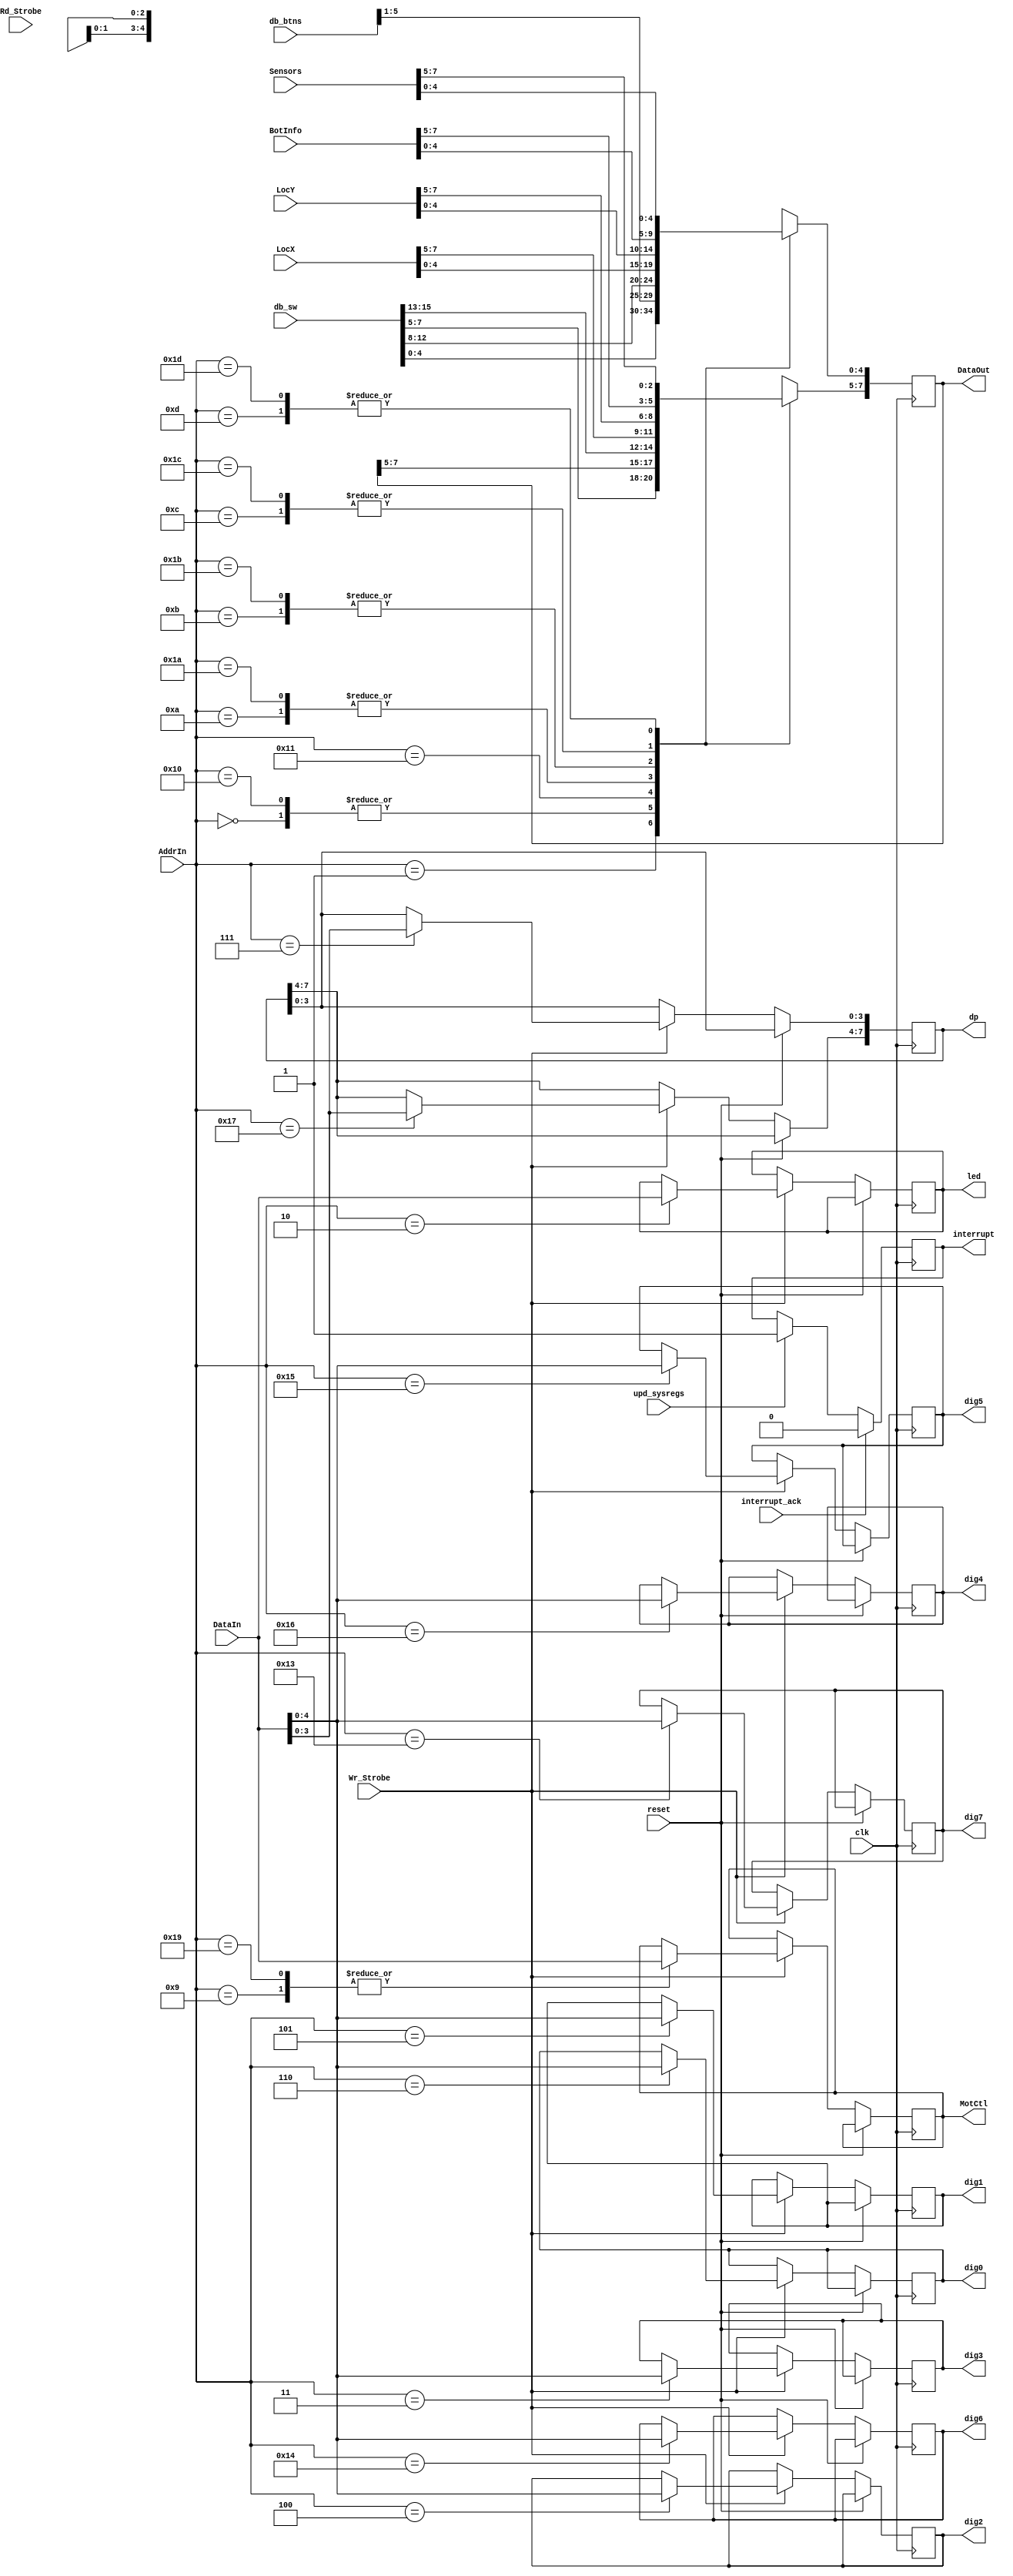
//	bot_if.v - Register interface to the Rojobot external world picoblaze 
//	
//	8-bit registers:
//			Loc_X		O	X (column) coordinate of Rojobot's current location
//			Loc_y		O 	Y (row) coordinate of Rojobot's current location
//			Sensors		O	Sensor values.  Rojobot contains a proximity sensor (left and right)
//						 	A proximity sensor is set to 1 if Rojobot detects an object in
//						  	front of it.  It also contains a black line sensor (left, center
//						  	and right).  Each black line sensor is set to 0 if there is
//							a black line under it and set to 1 if there is not black line
//							under it.
//			BotInfo		O 	Information on rojobot's current orientation and movement
//
//////////

module nexys4_bot_if(
	// interface to the picoblaze
	input 				Wr_Strobe,		// Write strobe - asserted to write I/O data
		 				Rd_Strobe,		// Read strobe - asserted to read I/O data
	input 		[7:0] 	AddrIn,			// I/O port address port_id
	input 		[7:0] 	DataIn,			// Data to be written to I/O register out_port
	output reg	[7:0] 	DataOut,		// I/O register data to picoblaze in_port

	// interface to the system	
	output reg 	[7:0]	MotCtl,			// (Port 0) Motor control input	into botsim
	input    	[7:0] 	LocX,			// (Port 1) X-coordinate of rojobot's location		
						LocY,			// (Port 2) Y-coordinate of rojobot's location
						BotInfo,		// (Port 3) Rojobot orientation and movement
						Sensors,		// (Port 4) Sensor readings
												
	// interface to the world map logic
//	output reg	[7:0]	MapX,			// (Port 8) Column address of world map location
//	output reg	[7:0]	MapY,			// (Port 9) Row address of world map location
//	input 		[1:0]	MapVal,			// (Port 10) Map value for location [row_addr, col_addr]	

	input               interrupt_ack,
	input				clk,			// system clock
						reset,			// system reset
	input   			upd_sysregs,	// flag from PicoBlaze to indicate that the system registers 
										// (LocX, LocY, Sensors, BotInfo)have been updated	
    input       [5:0]   db_btns,
    input       [15:0]  db_sw,
    output reg [7:0]   led, //out led
    output reg [4:0]    dig7, dig6, dig5, dig4, dig3, dig2, dig1, dig0, //7 seg display to sevenseg.v
    output reg [7:0]    dp,  //decimal point out to sevenseg.v   
    output reg          interrupt
		
);

// internal variables		
// used sot synchronize the register transfer so Application gets a consistant snapshot of the BOT status	
reg			load_sys_regs,			// Load system register flip-flop			
			load_dist_regs;			// Load distance register flip-flop
//reg         up_sys_reg = 0;

// holding registers for bot.  We want all registers to be updated
// at the same time (from system's point of view) to make sure
// the bot movement is consistent.
reg	[7:0] 	DataOut_int,					
            MotCtl_int,
            dp_int;
reg [7:0]   led_int;
reg [4:0]    dig7_int, dig6_int, dig5_int, dig4_int, dig3_int, dig2_int, dig1_int, dig0_int;
//reg          interrupt_int;
// read registers
always @(posedge clk) 
begin
    case(AddrIn[7:0])
    8'b0000_0000 : //pushbuttons inputs
    begin
    // format is: output(for this file) <= input (for this file)
    //dbbtns is total of [5:0]
        //DataOut <= {4'b00, db_btns};//dataout is to picoblaze
        DataOut[4:0] <= db_btns[5:1];
    end
    8'b0000_0001 : //slide switches
    begin
        DataOut <= db_sw[7:0];
    end
    8'b0000_1010 :// X coordinate of rojobot location
    begin
        DataOut <= LocX;
    end
    8'b0000_1011 : //(i))Y coordinate of rojobot location
    begin
        DataOut <= LocY;
    end
    8'b0000_1100 : //(i) Rojobot info register
    begin
        DataOut <= BotInfo;
    end
    8'b0000_1101 : //(i) Sensor register
    begin
        DataOut <= Sensors;
    end
    8'b0001_0000 : //(i) pushbutton inputs alternate port address
    begin
        //DataOut <= {4'b00, db_btns};
        DataOut[4:0] <= db_btns[5:1];
    end
    8'b0001_0001 : //(i) slide switches 15:8 (high byte of switches
    begin
        DataOut <= db_sw[15:8];
    end
    8'b0001_1010 : //(i) X coordinate of rojobot location
    begin
        DataOut <= LocX;
    end
    8'b0001_1011 : //(i) Y coordinate of rojobot location
    begin
        DataOut <= LocY;
    end
    8'b0001_1100 : //(i) Rojobot info register
    begin
        DataOut <= BotInfo;
    end
    8'b0001_1101 : //(i) Sensor register
    begin
        DataOut <= Sensors;
    end
    default : 
    begin
        DataOut <= 8'bXXXXXXXX;
    end
    endcase
end //always read registers


// write registers
always @(posedge clk) begin
	if (reset) begin
	/*	LocX_int <= 0;		
		LocY_int <= 0;
		BotInfo_int <= 0;
		Sensors_int <= 0;
		LMDist_int <= 0;
		RMDist_int <= 0;*/
		
		//load_sys_regs <= 0;
		//load_dist_regs <= 0;
		//upd_sysregs <= 0;
	end
	else begin
    if(Wr_Strobe) begin
    case (AddrIn[7:0])
    8'b0000_0010 : //(o) LEDs
        begin
        // format is: output(for this file) <= input (for this file)
        led[7:0] <= DataIn; //Datain is from picoblaze
        end
    8'b0000_0011 : // (o) digit 3 port address
        begin
        dig3 <= DataIn;
        end
    8'b0000_0100 : //(o) digit 2 port address
        begin
        dig2 <= DataIn;
        end
    8'b0000_0101 : //(o) digit 1 port address
        begin
        dig1 <= DataIn;
        end
    8'b0000_0110 : //(o) digit 0 port address
        begin
        dig0 <= DataIn;
        end
    8'b0000_0111 : //(o) decimal points 3:0 port address
        begin
        dp[3:0] <= DataIn[3:0];
        end
    8'b0000_1001 : //(o) Rojobot motor control output from system
        begin
        MotCtl <= DataIn;
        end
    8'b0001_0010 : //(o) LEDs 15:8 (high byte of switches)
        begin
        //led[15:8] <= DataIn;
        end
    8'b0001_0011 : //(o) digit 7 port address
        begin
        dig7 <= DataIn;
        end
    8'b0001_0100 : //(o) digit 6 port address
        begin
        dig6 <= DataIn;
        end
    8'b0001_0101 : //(o) digit 5 port address
        begin
        dig5 <= DataIn;
        end
    8'b0001_0110 : //(o) digit 4 port address
        begin
        dig4 <= DataIn;
        end 
    8'b0001_0111 : //(o) decimal points 7:4 port address
        begin
        dp[7:4] <= DataIn; 
        end         
    8'b0001_1001 : //(o) Rojobot motor control output from system
        begin
        MotCtl <= DataIn; 
        end
    // I/O registers for system interface	
	//8'b0000_1100 : 	load_sys_regs <= ~load_sys_regs;		// toggles load system registers ctrl signal
	//8'b0000_1101 : 	load_dist_regs <= ~load_dist_regs;		// toggles load distance register ctrl signal
	//8'b0000_1110 : 	up_sys_reg <= ~up_sys_reg;			// toggles update system registers flag
	//8'b0000_1111 : 	;										// reserved
    default :
        begin
        ;
        end
    endcase
    end
	end
end // always - write registers

	
always @ (posedge clk)
  begin
      if (interrupt_ack == 1'b1) begin
         interrupt <= 1'b0;
      end
      else if (upd_sysregs == 1'b1) begin
          interrupt <= 1'b1;
      end
      else begin
          interrupt <= interrupt;
      end
  end

endmodule